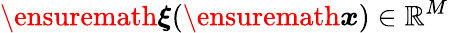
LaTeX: \ensuremath{\boldsymbol{\xi}}(\ensuremath{\boldsymbol{{x}}})\in\mathbb{R}^{M}